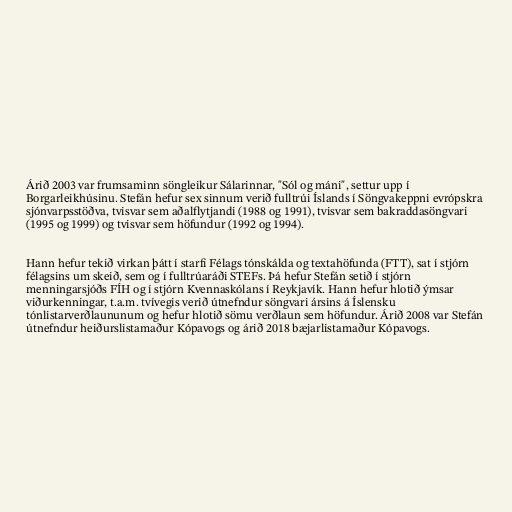
Árið 2003 var frumsaminn söngleikur Sálarinnar, "Sól og máni", settur upp í
Borgarleikhúsinu. Stefán hefur sex sinnum verið fulltrúi Íslands í Söngvakeppni evrópskra
sjónvarpsstöðva, tvisvar sem aðalflytjandi (1988 og 1991), tvisvar sem bakraddasöngvari
(1995 og 1999) og tvisvar sem höfundur (1992 og 1994).

Hann hefur tekið virkan þátt í starfi Félags tónskálda og textahöfunda (FTT), sat í stjórn
félagsins um skeið, sem og í fulltrúaráði STEFs. Þá hefur Stefán setið í stjórn
menningarsjóðs FÍH og í stjórn Kvennaskólans í Reykjavík. Hann hefur hlotið ýmsar
viðurkenningar, t.a.m. tvívegis verið útnefndur söngvari ársins á Íslensku
tónlistarverðlaununum og hefur hlotið sömu verðlaun sem höfundur. Árið 2008 var Stefán
útnefndur heiðurslistamaður Kópavogs og árið 2018 bæjarlistamaður Kópavogs.